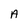
Character: A